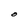
Character: O